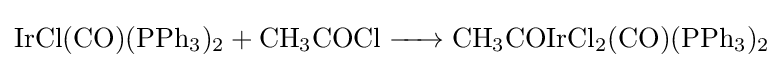
{\ce {IrCl(CO)(PPh3)2 + CH3COCl -> CH3COIrCl2(CO)(PPh3)2}}